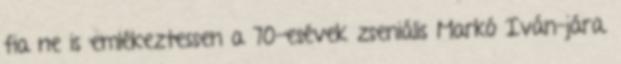
fia ne is emlékeztessen a 70-esévek zseniális Markó Iván-jára.